Leaving Certificate Examination, 1902
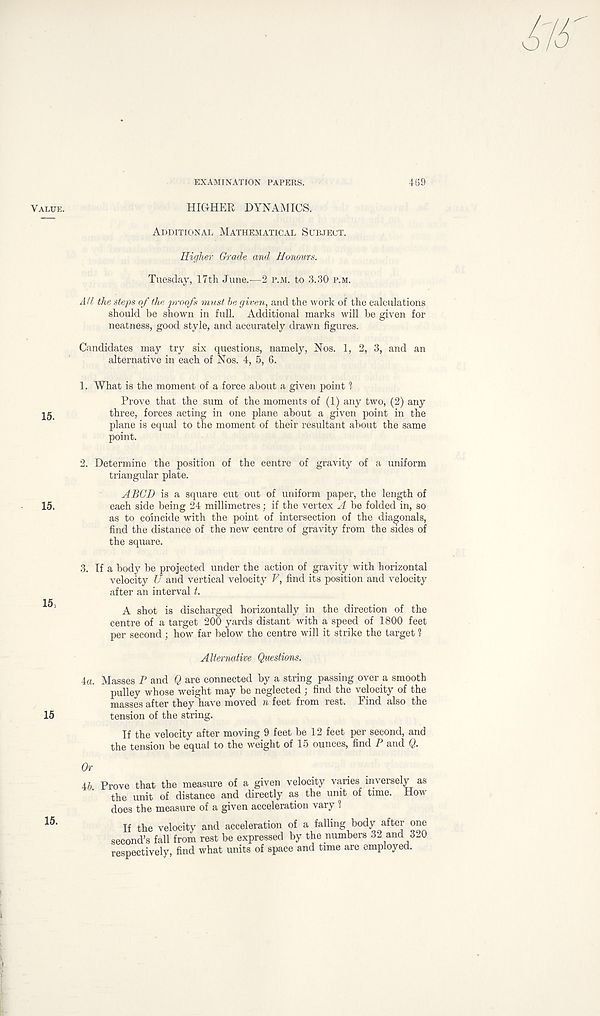
EXAMINATION PAPERS.
469
Value.
HIGHER DYNAMICS.
Additional Mathematical Subject.
Higher Grade and Honours.
Tuesday, 17th June.—2 p.m. to 3.30 p.m.
All the steps of the proofs must be given, and the work of the calculations
should be shown in full. Additional marks will be given for
neatness, good style, and accurately drawn figures.
Candidates may try six questions, namely, Nos. 1, 2, 3, and an
alternative in each of Nos. 4, 5, 6.
1. What is the moment of a force about a given point ?
Prove that the sum of the moments of (1) any two, (2) any
three, forces acting in one plane about a given point in the
plane is equal to the moment of their resultant about the same
point.
2. Determine the position of the centre of gravity of a uniform
triangular plate.
A BCD is a square cut out of uniform paper, the length of
15.
each side being 24 millimetres; if the vertex A be folded in, so
as to coincide with the point of intersection of the diagonals,
find the distance of the new centre of gravity from the sides of
the square.
15;
15
3. If a body be projected under the action of gravity with horizontal
velocity U and vertical velocity V, find its position and velocity
after an interval t.
A shot is discharged horizontally in the direction of the
centre of a target 200 yards distant with a speed of 1800 feet
per second ; how far below the centre will it strike the target ?
Alternative Questions.
4a. Masses P and Q are connected by a string passing over a smooth
pulley whose weight may be neglected ; find the velocity of the
masses after they have moved n feet from rest. Find also the
tension of the string.
If the velocity after moving 9 feet be 12 feet per second, and
the tension be equal to the weight of 15 ounces, find P and Q.
Prove that the measure of a given velocity varies inversely as
the unit of distance and directly as the unit of time. How
does the measure of a given acceleration vary 1
If the velocity and acceleration of a falling body after one
second’s fall from rest be expressed by the numbers 32 and 320
respectively, find what units of space and time are employed.